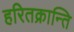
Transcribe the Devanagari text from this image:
हरितक्रान्ति